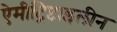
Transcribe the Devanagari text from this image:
ऐमीट्रिप्टाइलीन